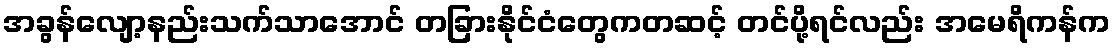
အခွန်လျော့နည်းသက်သာအောင် တခြားနိုင်ငံတွေကတဆင့် တင်ပို့ရင်လည်း အမေရိကန်က